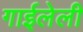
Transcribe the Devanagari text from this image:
गाईलेली